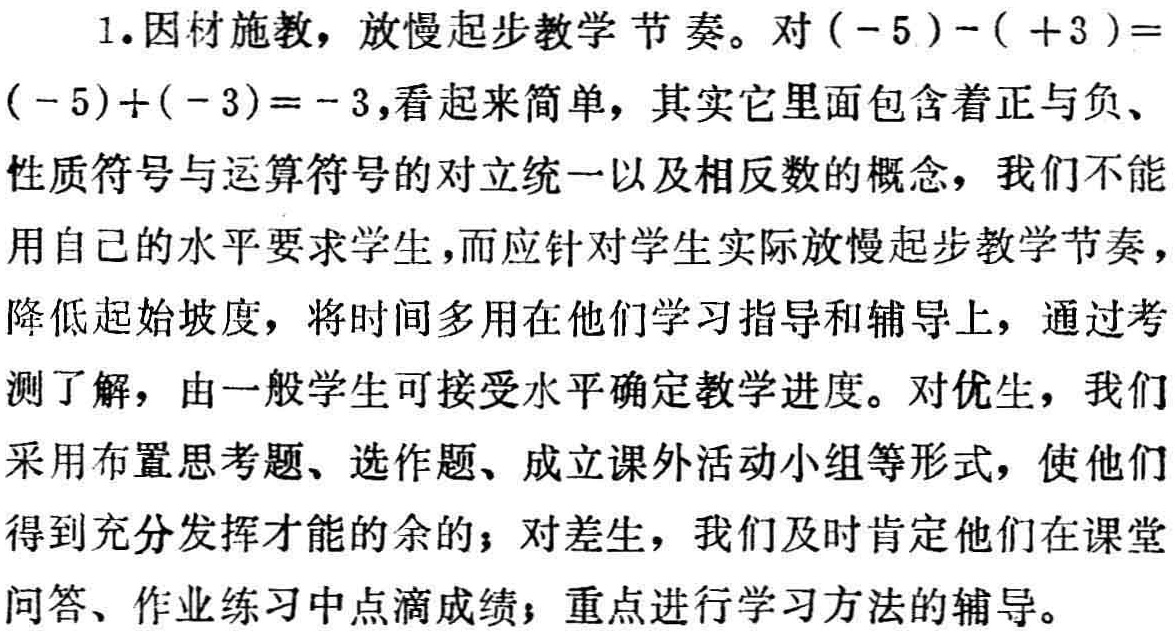
1.因材施教，放慢起步教学节奏。对\(( - 5)-( + 3)=\)

\(( - 5)+( - 3)= - 3\),看起来简单，其实它里面包含着正与负、

性质符号与运算符号的对立统一以及相反数的概念，我们不能

用自己的水平要求学生，而应针对学生实际放慢起步教学节奏，

降低起始坡度，将时间多用在他们学习指导和辅导上，通过考

测了解，由一般学生可接受水平确定教学进度。对优生，我们

采用布置思考题、选作题、成立课外活动小组等形式，使他们

得到充分发挥才能的余的；对差生，我们及时肯定他们在课堂

问答、作业练习中点滴成绩；重点进行学习方法的辅导。